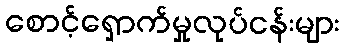
စောင့်ရှောက်မှုလုပ်ငန်းများ